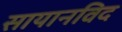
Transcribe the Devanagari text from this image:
सायानविद